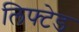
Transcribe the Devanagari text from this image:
लिफ्टेड